Virumaa_algkoolid, lk 9
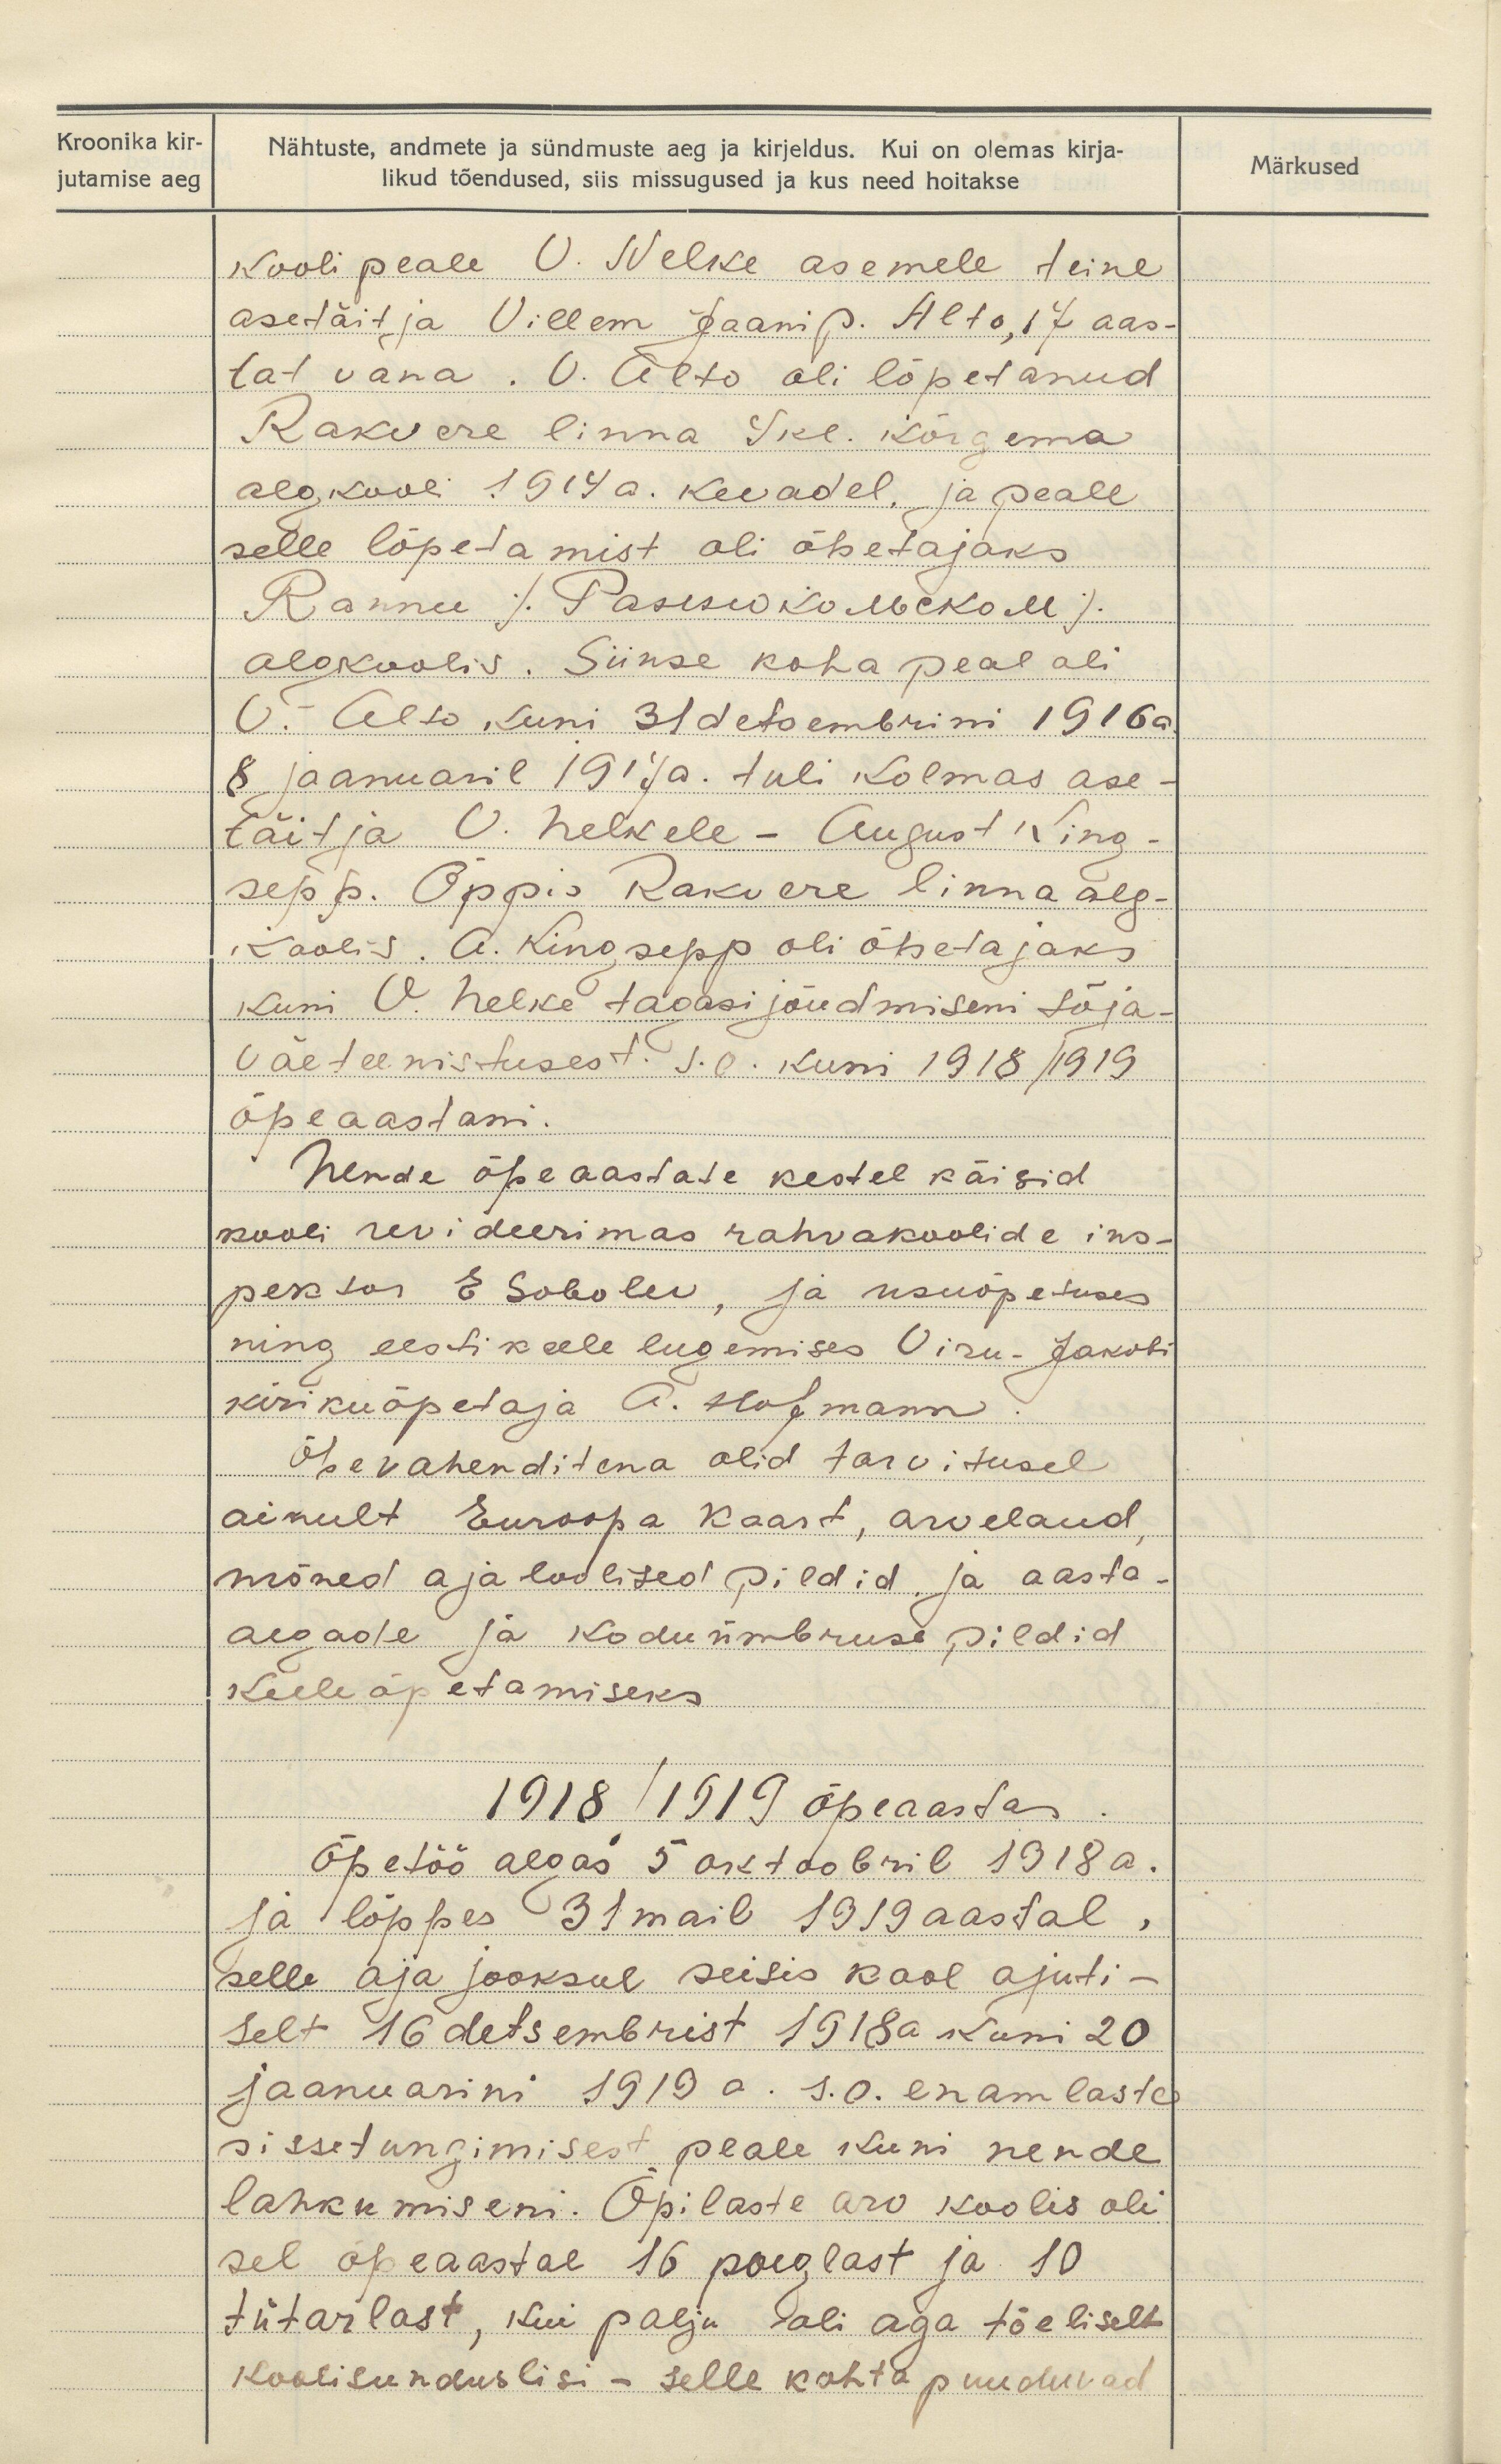
Kroonika kir-
jutamise aeg

Märkused

Nähtuste, andmete ja sündmuste aeg ja kirjeldus. Kui on olemas kirja-
likud tõendused, siis missugused ja kus need hoitakse
kooli peale V. Nelke asemele teine
asetäitja Villem Jaani p. Alto, 17 aas-
tat vana. V. Alto oli lõpetanud
Rakvere linna Ske. kõrgema
algkooli 1914 a. kevadel, ja peale
selle lõpetamist oli õpetajaks.
Rannu /Sasesukowkoll/
algkoolis. Siinse koha peal oli
V. Alto kuni 31 detsembrini 1916 a.
8 jaanuaril 1917 a. tuli kolmas ase-
täitja N. Nelkele - August king-
sepp. Õppis Rakvere linna alg-
Koolis. A. Kingsepp oli õpetajaks
kuni V. Nelke tagasi jõudmiseni sõja-
väe teenistusest. J. O. kuni 1918/1919
õpeaastani.
Nende õpeaastate kestel käisid
kooli revideerimas rahvakoolide ins-
pektor E.Sobolev ja usuõpetuses
ning eestikeele lugemises Viru-Jakobi
kirikuõpetaja A. Hofmann
Õpevahenditena olid tarvitusel
ainult Euroopa Kaart, arvelaud,
mõned ajaloolised pildid ja aasta
aegade ja koduümbruse pildid
keele õpetamiseks
1918/1919 õpeaasta
Õpetöö algas 5 oktoobril 1918 a.
ja lõppes 31 mail 1919 aastal,
selle aja jooksul seisis kool ajuti-
selt 16 detsembrist 1918a kuni 20
jaanuarini 1919 a. s.o. enamlaste
sissetungimisest peale kuni nende
lahkumiseni. Õpilaste arv koolis oli
sel õpeaastal 16 poeglast ja 10
tütarlast, kui palju oli aga tõeliselt
koolisunduslisi - selle kohta puuduvad